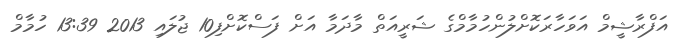
އަފްރާޝީމް އަވަހާރަކޮށްލުންހުމާމްގެ ޝަރީއަތް މާދަމާ އަށް ފަސްކޮށްފި10 ޖުލައި 2013 13:39 ހުމާމް